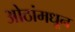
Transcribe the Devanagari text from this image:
ओठांमधून